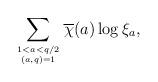
LaTeX: \begin{align*}\sum_{1 < a < q/2 \atop (a,q)=1} \overline{\chi}(a) \log \xi_a,\end{align*}